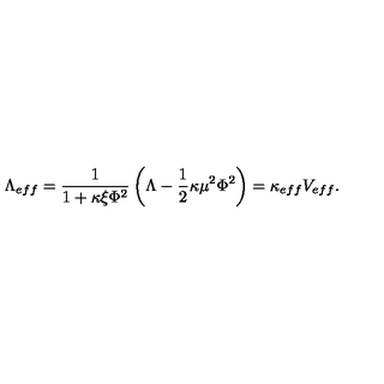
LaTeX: \Lambda _ { e f f } = \frac { 1 } { 1 + \kappa \xi \Phi ^ { 2 } } \left( \Lambda - \frac { 1 } { 2 } \kappa \mu ^ { 2 } \Phi ^ { 2 } \right) = \kappa _ { e f f } V _ { e f f } .